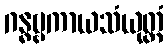
ဂန္ဓဗ္ဗကာယသံယုတ္တံ